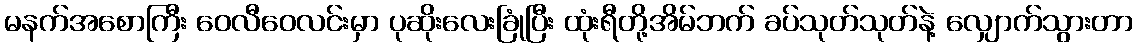
မနက်အစောကြီး ဝေလီဝေလင်းမှာ ပုဆိုးလေးခြုံပြီး ထုံးရီတို့အိမ်ဘက် ခပ်သုတ်သုတ်နဲ့ လျှောက်သွားတာ